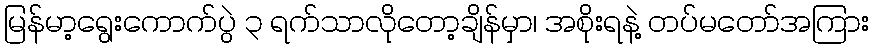
မြန်မာ့ရွေးကောက်ပွဲ ၃ ရက်သာလိုတော့ချိန်မှာ၊ အစိုးရနဲ့ တပ်မတော်အကြား